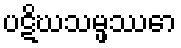
ပဋိဃသမ္ဖဿော